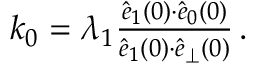
\begin{array} { r } { k _ { 0 } = \lambda _ { 1 } \frac { \hat { e } _ { 1 } ( 0 ) { \cdot } \hat { e } _ { 0 } ( 0 ) } { \hat { e } _ { 1 } ( 0 ) { \cdot } \hat { e } _ { \perp } ( 0 ) } \, . } \end{array}